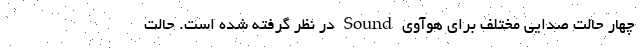
چهار حالت صدایی مختلف برای هوآوی Sound در نظر گرفته شده است. حالت